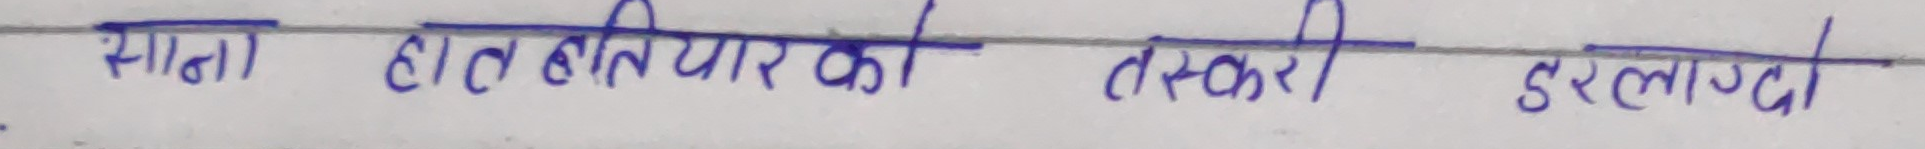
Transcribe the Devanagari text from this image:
संगना हात हतियार का तस्करी दुरलाग्द